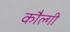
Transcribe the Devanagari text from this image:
कौल्गी